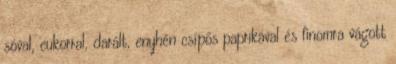
sóval, cukorral, darált, enyhén csípős paprikával és finomra vágott